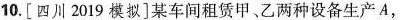
10.[四川2019模拟]某车间租赁甲、乙两种设备生产A，